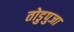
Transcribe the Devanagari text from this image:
तोडुपुजा